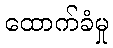
ထောက်ခံမှု